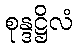
စုန္ဒဋ္ဌိလံ